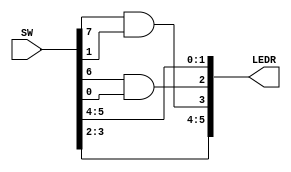
module bus_breakout
				(
					// Inputs
					SW,
					// Outputs
					LEDR
				);
	
	// Port definitions
	input  [7:0] SW;
	output [5:0] LEDR;
	
	// ---------------- Design implementaton ----------
	
	assign LEDR[5:0] = { SW[3:2],
							  (SW[7] & SW[1]),
							  (SW[6] & SW[0]),
							  SW[5:4]
							  };

endmodule